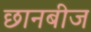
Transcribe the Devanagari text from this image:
छानबीज